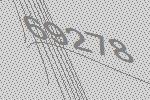
69278